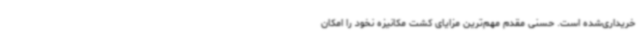
خریداری‌شده است. حسنی مقدم مهم‌ترین مزایای کشت مکانیزه نخود را امکان